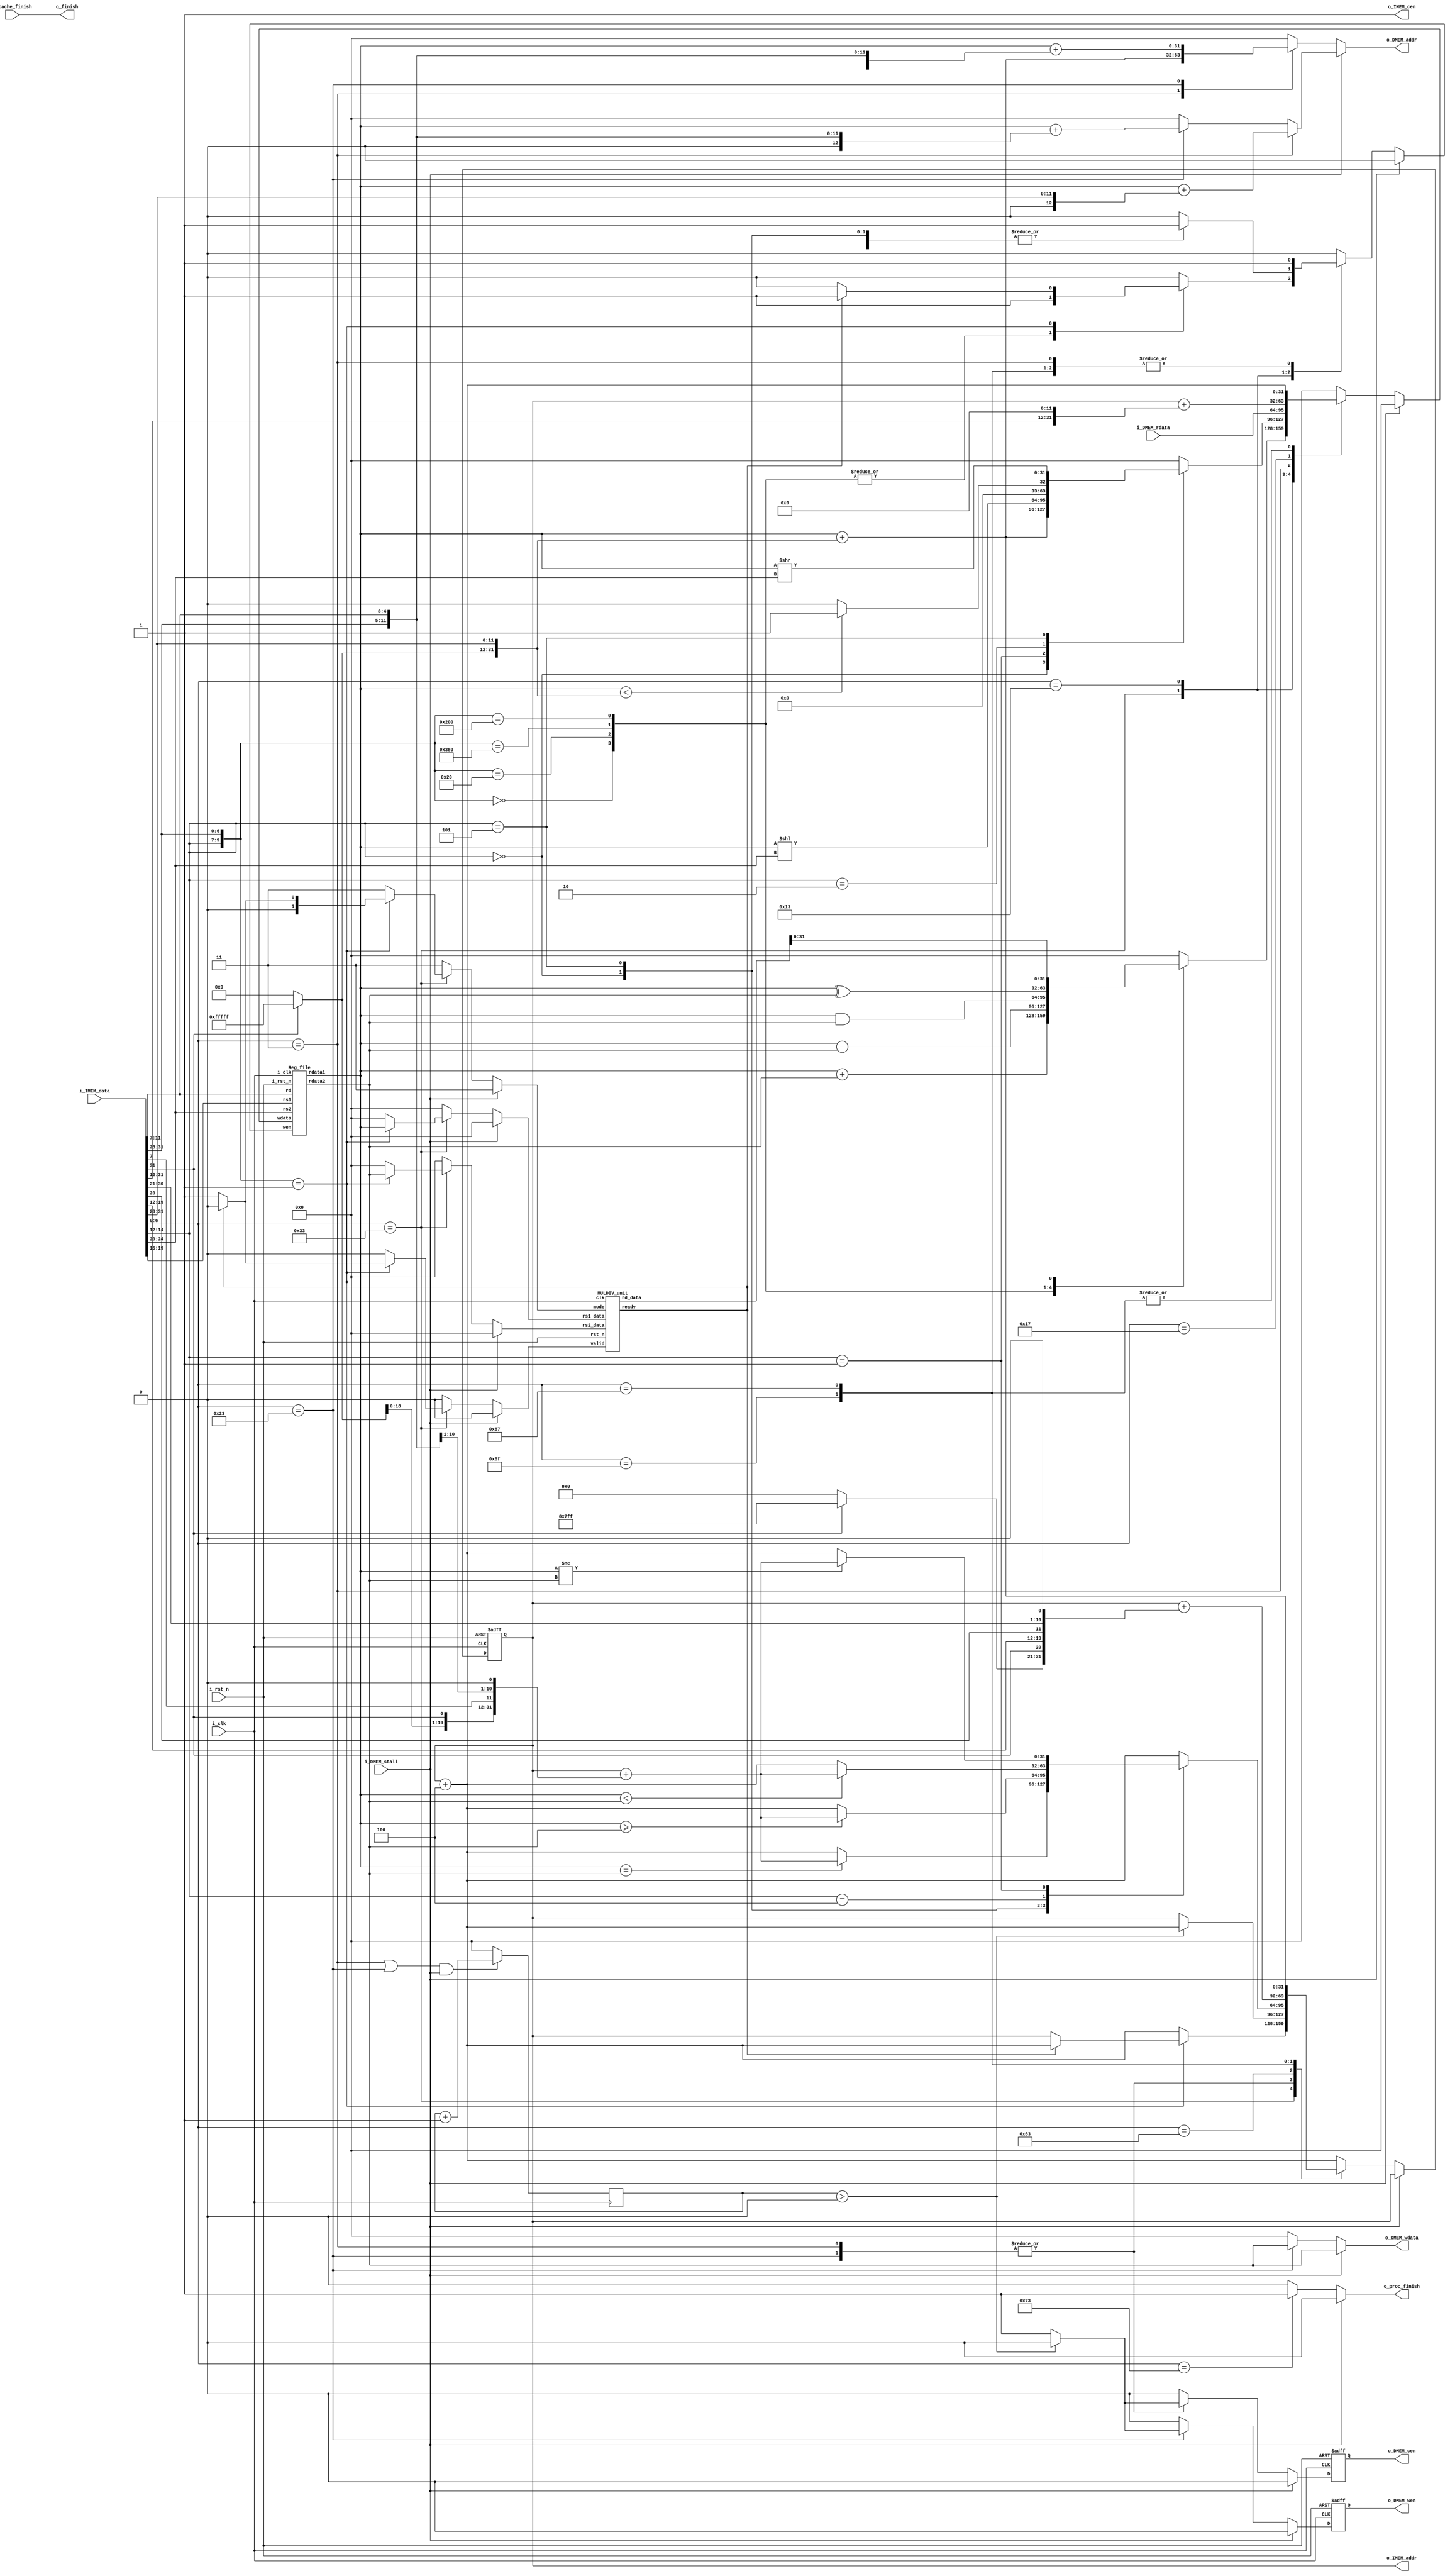
//final version
//----------------------------- DO NOT MODIFY THE I/O INTERFACE!! ------------------------------//
module CHIP #(                                                                                  //
    parameter BIT_W = 32                                                                        //
)(                                                                                              //
    // clock                                                                                    //
        input               i_clk,                                                              //
        input               i_rst_n,                                                            //
    // instruction memory                                                                       //
        input  [BIT_W-1:0]  i_IMEM_data,                                                        //
        output [BIT_W-1:0]  o_IMEM_addr,                                                        //
        output              o_IMEM_cen,                                                         //
    // data memory                                                                              //
        input               i_DMEM_stall,                                                       //
        input  [BIT_W-1:0]  i_DMEM_rdata,                                                       //
        output              o_DMEM_cen,                                                         //
        output              o_DMEM_wen,                                                         //
        output [BIT_W-1:0]  o_DMEM_addr,                                                        //
        output [BIT_W-1:0]  o_DMEM_wdata,                                                       //
    // finnish procedure                                                                        //
        output              o_finish,                                                           //
    // cache                                                                                    //
        input               i_cache_finish,                                                     //
        output              o_proc_finish                                                       //
);                                                                                              //
//----------------------------- DO NOT MODIFY THE I/O INTERFACE!! ------------------------------//
// ------------------------------------------------------------------------------------------------------------------------------------------------------
// Parameters
// ------------------------------------------------------------------------------------------------------------------------------------------------------

    // TODO: any declaration
    //opcode
    parameter AUIPC = 7'b0010111;
    parameter JAL = 7'b1101111;
    parameter JALR = 7'b1100111;
    parameter ASAXM = 7'b0110011;//ADD SUB AND XOR MUL
    parameter IMMD_OP = 7'b0010011;
    parameter LW = 7'b0000011;
    parameter SW = 7'b0100011;
    parameter DIV = 7'b0110011;
    parameter BRNCH = 7'b1100011;
    parameter ECALL = 7'b1110011;

    //func3
    parameter JALR_FUNCT3 = 3'b000;
    parameter ADD_FUNCT3 = 3'b000;
    parameter SUB_FUNCT3 = 3'b000;
    parameter AND_FUNCT3 = 3'b111;
    parameter XOR_FUNCT3 = 3'b100;
    parameter ADDI_FUNCT3 = 3'b000;
    parameter SLLI_FUNCT3 = 3'b001;
    parameter SLTI_FUNCT3 = 3'b010;
    parameter SRAI_FUNCT3 = 3'b101;
    parameter LW_FUNCT3 = 3'b010;
    parameter SW_FUNCT3 = 3'b010;
    parameter MUL_FUNCT3 = 3'b000;
    parameter DIV_FUNCT3 = 3'b100;
    parameter BEQ_FUNCT3 = 3'b000;
    parameter BGE_FUNCT3 = 3'b101;
    parameter BLT_FUNCT3 = 3'b100;
    parameter BNE_FUNCT3 = 3'b001;
    parameter ECALL_FUNCT3 = 3'b000;

    //func7
    parameter ADD_FUNCT7 = 7'b0000000;
    parameter SUB_FUNCT7 = 7'b0100000;
    parameter XOR_FUNCT7 = 7'b0000000;
    parameter SLLI_FUNCT7 = 7'b0000000;
    parameter SRAI_FUNCT7 = 7'b0100000;
    parameter MUL_FUNCT7 = 7'b0000001;
    parameter DIV_FUNCT7 = 7'b0000001;

// ------------------------------------------------------------------------------------------------------------------------------------------------------
// Wires and Registers
// ------------------------------------------------------------------------------------------------------------------------------------------------------
    
    // TODO: any declaration
        reg [BIT_W-1:0] PC, next_PC;
        reg mem_cen, mem_wen, imem_cen, mem_cen_nxt, mem_wen_nxt;
        reg [BIT_W-1:0] dmem_addr, mem_wdata, mem_rdata;

        reg [6: 0] opcode;
        reg [2: 0] func3;
        reg [6: 0] func7;
        reg [4: 0] rs1, rs2, rd;
        wire [BIT_W-1: 0] rs1_data, rs2_data;
        reg [BIT_W-1: 0] write_data;
        reg [BIT_W-1: 0] immd;
        reg wrt_to_rd;
        wire mul_ready; //for multi-cycle operation
        reg mul_valid;
        reg [1: 0] mul_mode;
        wire [2*BIT_W-1: 0] mul_result;
        reg [BIT_W-1: 0] mul_in_a, mul_in_b;
        reg [BIT_W-1: 0] instr;
        reg finish;
        reg [BIT_W-1:0] stall_counter;
        


// ------------------------------------------------------------------------------------------------------------------------------------------------------
// Continuous Assignment
// ------------------------------------------------------------------------------------------------------------------------------------------------------

    // TODO: any wire assignment
    assign o_IMEM_addr = PC;
    assign o_IMEM_cen = imem_cen;
    assign o_DMEM_cen = mem_cen;
    assign o_DMEM_wen = mem_wen;
    assign o_DMEM_addr = dmem_addr;
    assign o_DMEM_wdata = mem_wdata;
    //if no cache
    // assign o_finish = finish;
    assign o_finish = i_cache_finish;
    assign o_proc_finish = finish;

// ------------------------------------------------------------------------------------------------------------------------------------------------------
// Submoddules
// ------------------------------------------------------------------------------------------------------------------------------------------------------

    // TODO: Reg_file wire connection
    Reg_file reg0(               
        .i_clk  (i_clk),             
        .i_rst_n(i_rst_n),         
        .wen    (wrt_to_rd),          
        .rs1    (rs1),                
        .rs2    (rs2),                
        .rd     (rd),                 
        .wdata  (write_data),             
        .rdata1 (rs1_data),           
        .rdata2 (rs2_data)
    );

    MULDIV_unit muldiv_unit(
        .clk(i_clk),
        .rst_n(i_rst_n),
        .valid(mul_valid),
        .ready(mul_ready),
        .mode(mul_mode),
        .rs1_data(mul_in_a),
        .rs2_data(mul_in_b),
        .rd_data(mul_result)
    );

// ------------------------------------------------------------------------------------------------------------------------------------------------------
// Always Blocks
// ------------------------------------------------------------------------------------------------------------------------------------------------------
    // Todo: any combinational/sequential circuit

    always @(posedge i_clk or negedge i_rst_n) begin
        if (!i_rst_n) begin
            PC = 32'h00010000; // Do not modify this value!!!
            mem_cen = 0;
            mem_wen = 0;
        end
        else begin
            PC = next_PC;
            mem_cen = mem_cen_nxt;
            mem_wen = mem_wen_nxt;
        end
    end

    always @(posedge i_clk) begin
        if ((opcode == LW || opcode == SW) && i_DMEM_stall == 1) begin
            stall_counter = stall_counter + 1;
        end
        else begin
            stall_counter = 0;
        end
    end

    always @(*) begin
        imem_cen = 1;
        instr = i_IMEM_data;
        next_PC = (i_DMEM_stall)? PC : PC+4;
        if (!i_DMEM_stall) begin
            finish = 0;
            opcode = instr[6:0];
            func3 = instr[14:12];
            func7 = instr[BIT_W-1:25];
            rs1 = instr[19:15];
            rs2 = instr[24:20];
            rd = instr[11:7];
            wrt_to_rd = 0;
            mul_valid = 0;
            mul_mode = 3;
            mul_in_a = 0;
            mul_in_b = 0;
            dmem_addr = 0;
            mem_wdata = 0;
            mem_rdata = 0;
            mem_cen_nxt = 0;
            mem_wen_nxt = 0;
            write_data = 0;
            immd = 0;
            case(opcode) 
                ASAXM: begin // add, sub, and, xor, mul
                    case({func3, func7})
                        {ADD_FUNCT3, ADD_FUNCT7}: begin
                            wrt_to_rd = 1;
                            write_data = $signed(rs1_data) + $signed(rs2_data);
                            // dealing with overflow
                        end
                        {SUB_FUNCT3, SUB_FUNCT7}: begin
                            wrt_to_rd = 1;
                            write_data = $signed(rs1_data) - $signed(rs2_data);
                        end
                        {AND_FUNCT3, ADD_FUNCT7}: begin
                            wrt_to_rd = 1;
                            write_data = rs1_data & rs2_data;
                        end
                        {XOR_FUNCT3, XOR_FUNCT7}: begin
                            wrt_to_rd = 1;
                            write_data = rs1_data ^ rs2_data;
                        end
                        {MUL_FUNCT3, MUL_FUNCT7}: begin
                            wrt_to_rd = 0;
                            mul_in_a = rs1_data;
                            mul_in_b = rs2_data;
                            if (mul_ready) begin
                                next_PC = PC + 4;
                                wrt_to_rd = 1;
                                mul_mode = 0;//IDLE
                                mul_valid = 0;//deactivate muldiv unit
                            end
                            else begin
                                next_PC = PC;//stall
                                mul_mode = 1;//MUL
                                mul_valid = 1;//activate muldiv unit
                                wrt_to_rd = 0;
                            end
                            write_data = mul_result[BIT_W-1:0];
                        end
                        // {DIV_FUNCT3, DIV_FUNCT7}: begin
                        //     wrt_to_rd = 0;
                        //     mul_in_a = rs1_data;
                        //     mul_in_b = rs2_data;
                        //     //$display("mul_valid = %d", mul_valid);
                        //     if (mul_ready) begin
                        //         next_PC = PC + 4;
                        //         wrt_to_rd = 1;
                        //         mul_mode = 0;//IDLE
                        //         mul_valid = 0;//deactivate
                        //     end
                        //     else begin
                        //         next_PC = PC;
                        //         mul_mode = 2;//DIV
                        //         mul_valid = 1;//activate MULDIV unit
                        //         wrt_to_rd = 0;
                        //     end
                        //     write_data = mul_result[BIT_W-1:0];
                        // end
                        default: begin
                            next_PC = PC + 4;
                            wrt_to_rd = 0;
                            write_data = 0;
                        end
                    endcase
                end
                IMMD_OP: begin
                    case (func3)
                        ADDI_FUNCT3: begin //addi
                            wrt_to_rd = 1;
                            immd[11:0] = instr[BIT_W-1:20];
                            immd[BIT_W-1:12] = (instr[BIT_W-1])? 20'b11111111111111111111 : 0;
                            // write_data = $signed(rs1_data) + $signed(instr[BIT_W-1:20]);
                            write_data = $signed(rs1_data) + $signed(immd);
                        end
                        SLLI_FUNCT3: begin //slli
                            wrt_to_rd = 1;
                            immd[4:0] = instr[24:20];
                            immd[BIT_W-1:5] = (instr[24])? 27'b111111111111111111111111111 : 0;
                            write_data = rs1_data << $unsigned(instr[24:20]);//seems don't need signed extension
                            // write_data = rs1_data << $unsigned(immd);
                        end
                        SLTI_FUNCT3: begin //slti
                            wrt_to_rd = 1;
                            immd[11:0] = instr[BIT_W-1:20];
                            immd[BIT_W-1:12] = (instr[BIT_W-1])? 20'b11111111111111111111 : 0;
                            // write_data = ($signed(rs1_data) < $signed(instr[BIT_W-1:20]))? 1 : 0;
                            write_data = ($signed(rs1_data) < $signed(immd))? 1 : 0;
                        end
                        SRAI_FUNCT3: begin //srai
                            wrt_to_rd = 1;
                            immd[4:0] = instr[24:20];
                            immd[BIT_W-1:5] = (instr[24])? 27'b111111111111111111111111111 : 0;
                            write_data = rs1_data >> $unsigned(instr[24:20]);//seems don't need sign extension
                        end
                        default: begin
                            next_PC = PC + 4;
                            wrt_to_rd = 0;
                            write_data = 0;
                            immd = 0;
                        end
                    endcase
                end
                LW: begin 
                    immd[11:0] = instr[BIT_W-1:20];
                    immd[BIT_W-1:12] = (instr[BIT_W-1])? 20'b11111111111111111111 : 0;
                    dmem_addr = $signed(rs1_data) + $signed(immd);
                    write_data = i_DMEM_rdata;
                    wrt_to_rd = 1;
                    if(stall_counter > 0) begin
                        mem_wen_nxt = 0;
                        mem_cen_nxt = 0;
                    end
                    else begin
                        mem_wen_nxt = 0;
                        mem_cen_nxt = 1;
                        next_PC = PC;
                    end
                end
                SW: begin
                    immd = {instr[BIT_W-1:25], instr[11:7]};
                    immd[BIT_W-1:12] = (instr[BIT_W-1])? 20'b11111111111111111111 : 0;
                    dmem_addr = $signed(rs1_data) + $signed(immd);
                    mem_wdata = rs2_data;
                    wrt_to_rd = 0;
                    if(stall_counter > 0) begin
                        mem_wen_nxt = 0;
                        mem_cen_nxt = 0;
                    end
                    else begin
                        mem_cen_nxt = 1;
                        mem_wen_nxt = 1;
                        next_PC = PC;
                    end
                end
                BRNCH: begin //beq, bge, blt, bne
                    immd = {instr[BIT_W-1], instr[7], instr[30:25], instr[11:8], 1'b0};
                    immd[BIT_W-1:13] = (instr[BIT_W-1])? 20'b11111111111111111111 : 0;
                    case(func3)
                        BEQ_FUNCT3: begin //beq
                            if(rs1_data == rs2_data) next_PC = $signed(PC) + $signed(immd);
                            else next_PC = PC + 4;
                        end
                        BGE_FUNCT3: begin //bge
                            if($signed(rs1_data) >= $signed(rs2_data)) next_PC = $signed(PC) + $signed(immd);
                            else next_PC = PC + 4;
                        end
                        BLT_FUNCT3: begin //blt
                            if($signed(rs1_data) < $signed(rs2_data)) next_PC = $signed(PC) + $signed(immd);
                            else next_PC = PC + 4;
                        end
                        BNE_FUNCT3: begin //bne
                            if(rs1_data != rs2_data) next_PC = $signed(PC) + $signed(immd);
                            else next_PC = PC + 4;
                        end
                        default: begin
                            next_PC = PC + 4;
                        end
                    endcase
                end
                AUIPC: begin
                    wrt_to_rd = 1;
                    // immd[19:0] = instr[BIT_W-1:12];
                    // write_data = PC + {immd[BIT_W-1:12], 12'b0};
                    immd[BIT_W-1:12] = instr[BIT_W-1:12];
                    immd[11:0] = 12'b0;
                    write_data = PC + immd;
                end
                JAL: begin
                    wrt_to_rd = 1;
                    immd = {instr[BIT_W-1], instr[19:12], instr[20], instr[30:21], 1'b0};
                    immd[BIT_W-1:21] = (instr[BIT_W-1])? 11'b11111111111:0;//sign extension
                    // next_PC = $signed(PC) + $signed({instr[BIT_W-1], instr[19:12], instr[20], instr[30:21], 1'b0});
                    next_PC = $signed(PC) + $signed(immd);
                    write_data = PC + 4;
                end
                JALR: begin
                    wrt_to_rd = 1;
                    immd[11:0] = instr[BIT_W-1:20];
                    immd[BIT_W-1:12] = (instr[BIT_W-1])? 20'b11111111111111111111 : 0;//signed extension
                    // next_PC = $signed(rs1_data) + $signed(immd[11:0]);
                    next_PC = $signed(rs1_data) + $signed(immd);
                    write_data = PC + 4;
                end
                ECALL: begin //ecall
                    wrt_to_rd = 0;
                    finish = 1;
                end
                default: begin
                    next_PC = PC + 4;
                    wrt_to_rd = 0;
                    write_data = 0;
                    immd = 0;
                    finish = 0;
                    dmem_addr = 0;
                    mem_wdata = 0;
                    mem_rdata = 0;
                    mem_cen_nxt = 0;
                    mem_wen_nxt = 0;
                end
            endcase
        end
        else begin
            next_PC = PC;
            finish = 0;
            wrt_to_rd = 0;
            mul_valid = 0;
            mul_mode = 3;
            mul_in_a = 0;
            mul_in_b = 0;
            
            opcode = instr[6:0];
            func3 = instr[14:12];
            func7 = instr[BIT_W-1:25];
            rs1 = instr[19:15];
            rs2 = instr[24:20];
            rd = instr[11:7];
            write_data = 0;

            mem_wdata = rs2_data;
            mem_rdata = 0;
            mem_cen_nxt = 0;
            mem_wen_nxt = 0;
            if (opcode == LW) begin
                immd = instr[BIT_W-1:20];
                dmem_addr = $signed(rs1_data) + $signed(immd);
            end
            else if (opcode == SW) begin
                immd = {instr[BIT_W-1:25], instr[11:7]};
                dmem_addr = $signed(rs1_data) + $signed(immd);
            end
            else begin
                immd = 0;
                dmem_addr = 0;
            end
            immd = 0;
        end
    end
endmodule

module Reg_file(i_clk, i_rst_n, wen, rs1, rs2, rd, wdata, rdata1, rdata2);
   
    parameter BITS = 32;
    parameter word_depth = 32;
    parameter addr_width = 5; // 2^addr_width >= word_depth
    
    input i_clk, i_rst_n, wen; // wen: 0:read | 1:write
    input [BITS-1:0] wdata;
    input [addr_width-1:0] rs1, rs2, rd;

    output [BITS-1:0] rdata1, rdata2;

    reg [BITS-1:0] mem [0:word_depth-1];
    reg [BITS-1:0] mem_nxt [0:word_depth-1];

    integer i;

    assign rdata1 = mem[rs1];
    assign rdata2 = mem[rs2];

    always @(*) begin
        for (i=0; i<word_depth; i=i+1)
            mem_nxt[i] = (wen && (rd == i)) ? wdata : mem[i];
    end

    always @(posedge i_clk or negedge i_rst_n) begin
        if (!i_rst_n) begin
            mem[0] <= 0;
            for (i=1; i<word_depth; i=i+1) begin
                case(i)
                    32'd2: mem[i] <= 32'hbffffff0;
                    32'd3: mem[i] <= 32'h10008000;
                    default: mem[i] <= 32'h0;
                endcase
            end
        end
        else begin
            mem[0] <= 0;
            for (i=1; i<word_depth; i=i+1)
                mem[i] <= mem_nxt[i];
        end       
    end
endmodule

module MULDIV_unit(clk, rst_n, valid, ready, mode, rs1_data, rs2_data, rd_data);
    // Todo: your HW2
    // Definition of ports
    parameter BIT_W = 32;
    parameter S_IDLE = 2'b00, S_ONE_CYCLE_OP = 2'b01, S_MULTI_CYCLE_OP = 2'b10;
    parameter MUL_MODE = 2'b01, IDLE = 2'b00, DIV_MODE = 2'b10;
    
    input clk, rst_n, valid;
    input [1:0] mode; // 0: IDLE, 1: MUL, 2: DIV
    output ready;
    input [BIT_W-1:0] rs1_data, rs2_data;
    output [2*BIT_W-1:0] rd_data;

    // definition of state
    reg [1:0] state, state_nxt;

    // definition of internal signals
    reg [2*BIT_W-1:0] alu_out, operand_a, operand_b;
    reg [5:0] cnt, cnt_nxt;
    reg rdy, rdy_nxt;
    reg [1:0] mode_now, mode_nxt;
    reg [2*BIT_W-1: 0] tmp, tmp_nxt;
    assign ready = rdy;
    assign rd_data = alu_out;

    always @(negedge clk) begin
        if (valid && !cnt && rst_n && !rdy) begin
            mode_now <= mode;
            mode_nxt <= mode;
            cnt <= 1;
            state <= state_nxt;
            rdy <= 0;
            tmp <= tmp_nxt;
        end
        else if(rst_n)begin
            if (cnt == 33) begin
                mode_now <= 0;//idle mode
                mode_nxt <= 0;//idle mode
                tmp <= tmp_nxt;
            end
            else begin
                mode_now <= mode_nxt;
                mode_nxt <= mode;
                tmp <= tmp_nxt;
            end
            cnt <= cnt_nxt;
            state <= state_nxt;
            rdy <= rdy_nxt;
        end
        else begin
            mode_now <= 0;//idle mode
            mode_nxt <= 0;//idle mode
            cnt <= 0;
            state <= S_IDLE;
            rdy <= 0;
            tmp <= 0;
        end
    end

    always @(*) begin
        case(state)
            S_IDLE: begin
                if(!valid) state_nxt = S_IDLE;
                else begin
                    case(mode)
                        // DIV_MODE: begin
                        //     state_nxt = S_MULTI_CYCLE_OP;
                        // end
                        MUL_MODE: begin
                            state_nxt = S_MULTI_CYCLE_OP;
                        end
                        default: begin
                            state_nxt = S_IDLE;
                        end
                    endcase
                end
            end
            // S_ONE_CYCLE_OP: state_nxt = S_IDLE;
            S_MULTI_CYCLE_OP: begin
                if(cnt == 33) state_nxt = S_IDLE;//cnt limit
                else state_nxt = S_MULTI_CYCLE_OP;
            end
            default: state_nxt = state;
        endcase
    end

    always @(*) begin
        if (state == S_MULTI_CYCLE_OP) begin
            if(cnt == 32) begin
                //ready to output
                rdy_nxt = 1;
                cnt_nxt = 33;
            end
            else if(cnt > 32) begin
                //illegal state, reset
                rdy_nxt = 0;
                cnt_nxt = 0;
            end
            else begin
                //increase cnt
                rdy_nxt = 0;
                cnt_nxt = cnt + 1;
            end
        end
        else if (state == S_ONE_CYCLE_OP) begin
            //ready to output and reset cnt
            rdy_nxt = 1;
            cnt_nxt = 0;
        end
        else begin
            rdy_nxt = 0;
            cnt_nxt = 0;
        end
    end

    always @(*) begin
        if(rst_n && valid && cnt > 0) begin
            operand_a = rs1_data;
            operand_b = rs2_data;
            case(mode_now)
                MUL_MODE: begin
                    if(operand_b[cnt-1]) begin//if the operand_b[idx] bit is 1, we shift the operand_a idx bit 
                        tmp_nxt = tmp + (operand_a << (cnt-1));//idx = cnt - 1
                    end
                    else begin
                        tmp_nxt = tmp;//if the operand_b[idx] is 0
                    end
                end
                default: begin
                    tmp_nxt = 64'h0;
                end
            endcase
        end
        else begin
            tmp_nxt = 64'h0;//reset tmp_nxt
        end
        alu_out = tmp;//output time
    end
endmodule

module Cache#(
        parameter BIT_W = 32,
        parameter ADDR_W = 32//address width
    )(
        input i_clk,
        input i_rst_n,
        // processor interface
        input i_proc_cen,
        input i_proc_wen,
        input [ADDR_W-1:0] i_proc_addr,
        input [BIT_W-1:0]  i_proc_wdata,
        output [BIT_W-1:0] o_proc_rdata,
        output o_proc_stall,
        input i_proc_finish,
        output o_cache_finish,
        //memory interface
        output o_mem_cen,
        output o_mem_wen,
        output [ADDR_W-1:0] o_mem_addr,
        output [BIT_W*4-1:0]  o_mem_wdata,
        input [BIT_W*4-1:0] i_mem_rdata,
        input i_mem_stall,
        output o_cache_available,
        //offset
        input  [ADDR_W-1: 0] i_offset
    );

    assign o_cache_available = 1; // change this value to 1 if the cache is implemented

    // //------------------------------------------//
    // //          default connection              //
    // assign o_mem_cen = i_proc_cen;              //
    // assign o_mem_wen = i_proc_wen;              //
    // assign o_mem_addr = i_proc_addr;            //
    // assign o_mem_wdata = i_proc_wdata;          //
    // assign o_proc_rdata = i_mem_rdata[0+:BIT_W];//
    // assign o_proc_stall = i_mem_stall;          //
    // //------------------------------------------//
    // Todo: BONUS
    //parameters:
    parameter S_IDLE = 3'b00;//000
    parameter S_FIND = 3'b01;//001
    parameter S_WB = 3'b10;//010
    parameter S_ALLO = 3'b011;//011
    parameter S_FINISH = 3'b100;//100
    parameter block_number = 16;//optimal block size

    //regs
    reg [2:0] state, state_nxt;
    reg hit;//record if hit or not
    reg mem_cen, mem_wen;
    reg cen, cen_nxt;
    reg wen, wen_nxt;
    reg proc_stall;//stall the process
    reg [4*BIT_W-1:0] data[0:block_number-1], data_nxt[0:block_number-1];
    reg [23:0] tag[0:block_number-1], tag_nxt[0:block_number-1];
    //valid bit record if there is data in cache or not
    reg valid[0:block_number-1], valid_nxt[0:block_number-1];
    //dirty bit record if we need to write back to data mem or not
    reg dirty[0:block_number-1], dirty_nxt[0:block_number-1];
    reg [3:0] idx, index_nxt;
    reg [1:0] offset, offset_nxt;
    reg [3:0] cnt;
    //finish bit to tell the processor cache search is finished
    reg finish;
    reg [ADDR_W-1:0] proc_addr, real_addr;

    //wire assignment
    assign o_mem_cen = mem_cen;
    assign o_mem_wen = mem_wen;
    assign o_mem_addr = proc_addr + i_offset;
    assign o_mem_wdata = data[idx];
    assign o_proc_stall = proc_stall;

    wire [ADDR_W-1:0] selected_data;
    assign selected_data = data[idx] >> (ADDR_W * offset);
    assign o_proc_rdata = selected_data[ADDR_W-1:0];

    //tell the processor that the cache finish
    assign o_cache_finish = finish;

    //always blocks
    always @(*) begin
        real_addr = i_proc_addr - i_offset;
        if (state == S_WB) begin
            idx = real_addr[7:4];
            offset = 0;
            //2'b00 is byte offset
            proc_addr = {tag[idx], idx, offset, 2'b00};
        end
        else if (state == S_FINISH) begin
            idx = cnt;
            offset = 0;
            //2'b00 is byte offset
            proc_addr = {tag[idx], idx, offset, 2'b00};
        end
        else begin 
            proc_addr = real_addr;
            idx = proc_addr[7:4];
            offset = proc_addr[3:2];
        end
        //if the addr is correct and valid bit is high, hit!
        hit = (tag[idx] == proc_addr[31:8]) & valid[idx];
    end

    //FSM
    always @(*) begin
        case(state)
            S_IDLE: begin
                finish = 0;
                if (i_proc_finish) state_nxt = S_FINISH;//ready to finish
                else begin
                    if (i_proc_cen) state_nxt = S_FIND;
                    else state_nxt = S_IDLE;
                end
            end
            S_FIND: begin
                finish = 0;
                if(hit) state_nxt = S_IDLE;
                else begin
                    if (dirty[idx]) begin
                        state_nxt = S_WB;
                    end
                    else state_nxt = S_ALLO;
                end 
            end
            S_WB:   begin
                finish = 0;
                if(!i_mem_stall) begin
                    state_nxt = S_ALLO;
                end
                else state_nxt = S_WB;
            end
            S_ALLO: begin
                finish = 0;
                if(!i_mem_stall) begin
                    state_nxt = S_FIND;
                end
                else state_nxt = S_ALLO;
            end
            S_FINISH: begin
                if (cnt == (block_number-1) && i_mem_stall == 0) begin
                    //cnt == block_number means all data memory is stored
                    state_nxt = S_IDLE;
                    finish = 1;//ready to finish
                end
                else begin
                    state_nxt = S_FINISH;
                    finish = 0;
                end
            end
            default: begin
                state_nxt = state;
                finish = 0;
            end
        endcase
    end

    integer i;
    always @(*) begin
        //for loop
        for (i = 0; i < block_number ; i = i + 1) begin
            dirty_nxt[i] = 0;
            tag_nxt[i] = 0;
            valid_nxt[i] = 0;
            data_nxt[i] = 0;
        end
        case(state)
            S_IDLE: begin
                dirty_nxt[idx] = dirty[idx];
                mem_cen = 0;
                mem_wen = 0;
                proc_stall = i_proc_cen;
                cen_nxt = i_proc_cen;
                wen_nxt = i_proc_wen;
                tag_nxt[idx] = tag[idx];
                valid_nxt[idx] = valid[idx];
                data_nxt[idx] = data[idx];
            end
            S_FIND: begin
                mem_cen = 0;
                mem_wen = 0;
                cen_nxt = cen;
                wen_nxt = wen;
                tag_nxt[idx] = tag[idx];
                valid_nxt[idx] = valid[idx];
                if (hit) begin
                    if (wen) begin
                        dirty_nxt[idx] = 1;
                        data_nxt[idx] = data[idx];
                        // data_nxt[idx][ADDR_W*offset+ADDR_W-1 : ADDR_W] = i_proc_wdata;
                        //but position is variables, so we need special syntax
                        data_nxt[idx][ADDR_W*offset +: ADDR_W] = i_proc_wdata;
                    end
                    else begin
                        data_nxt[idx] = data[idx];
                        dirty_nxt[idx] = dirty[idx]; 
                    end
                    proc_stall = 0;
                end
                else begin
                    proc_stall = 1;
                    data_nxt[idx] = data[idx];
                    if(wen) dirty_nxt[idx] = 1;//dirty bit is high
                    else dirty_nxt[idx] = dirty[idx];//hold the dirty bit
                end
            end
            S_WB: begin
                //write back stage
                data_nxt[idx] = data[idx];
                dirty_nxt[idx] = dirty[idx];
                mem_cen = 1;
                mem_wen = 1;
                proc_stall = 1;
                cen_nxt = cen;
                wen_nxt = wen;
                tag_nxt[idx] = tag[idx];
                valid_nxt[idx] = valid[idx];
            end
            S_ALLO: begin
                //allocation stage
                data_nxt[idx] = i_mem_rdata;
                dirty_nxt[idx] = dirty[idx];
                mem_cen = 1;
                mem_wen = 0;
                proc_stall = 1;
                cen_nxt = cen;
                wen_nxt = wen;
                tag_nxt[idx] = proc_addr[31:8];
                valid_nxt[idx] = 1;
            end
            S_FINISH: begin
                //finish stage
                data_nxt[idx] = data[idx];
                cen_nxt = cen;
                wen_nxt = wen;
                tag_nxt[idx] = tag[idx];
                valid_nxt[idx] = valid[idx];
                if (dirty[idx]) begin
                    //allow to write back mem
                    mem_cen = 1;
                    mem_wen = 1;
                end
                else begin
                    mem_cen = 0;
                    mem_wen = 0;    
                end
                //pull low dirty bit
                dirty_nxt[idx] = 0;
                proc_stall = 1;
            end
            default: begin
                data_nxt[idx] = 0;
                dirty_nxt[idx] = dirty[idx];
                mem_cen = 0;
                mem_wen = 0;
                proc_stall = 0;
                cen_nxt = 0;
                wen_nxt = 0;
                tag_nxt[idx] = tag[idx];
                valid_nxt[idx] = valid[idx];
            end
        endcase
    end

    //counter
    always @(posedge i_clk) begin
        if (state == S_FINISH) begin
            //only count at finish state
            //only increase when there is no stall
            if (!i_mem_stall) cnt <= cnt + 1;
            else cnt <= cnt;
        end
        else cnt <= 0;
    end

    //sequential block
    always @(posedge i_clk or negedge i_rst_n) begin
        if (!i_rst_n) begin
            //reset everything
            state <= S_IDLE;
            //for loop to interate over all data and clear up
            for (i = 0; i < block_number; i = i+1)begin
                data[i] <= 0;
                valid[i] <= 0;
                tag[i] <= 0;
                dirty[i] <= 0;
            end
            cen <= 0;
            wen <= 0; 
        end
        else begin
            //hold everything
            state <= state_nxt;
            if (cen) begin
                data[idx] <= data_nxt[idx];
                valid[idx] <= valid_nxt[idx];
                tag[idx] <= tag_nxt[idx];
                dirty[idx] <= dirty_nxt[idx];
            end
            cen <= cen_nxt;
            wen <= wen_nxt;
        end
    end
endmodule